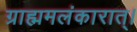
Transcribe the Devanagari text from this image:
ग्राह्ममलंकारात्।